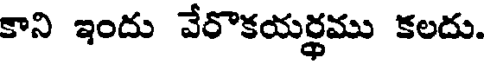
కాని ఇందు వేరొకయర్థము కలదు.